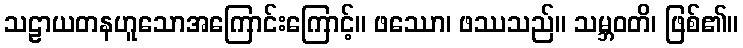
သဠာယတနဟူသောအကြောင်းကြောင့်။ ဖဿော၊ ဖဿသည်။ သမ္ဘဝတိ၊ ဖြစ်၏။